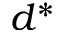
d ^ { * }